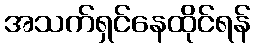
အသက်ရှင်နေထိုင်ရန်